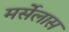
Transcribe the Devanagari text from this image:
मर्सेलास